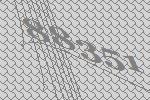
88351